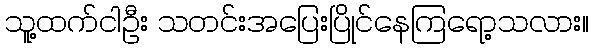
သူ့ထက်ငါဦး သတင်းအပြေးပြိုင်နေကြရော့သလား။